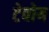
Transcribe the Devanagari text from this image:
टेवोय